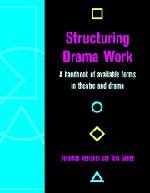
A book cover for Structuring Drama Work; Children's Books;